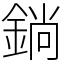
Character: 鋿